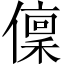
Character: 𠏟